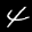
Label: 4